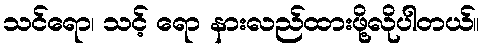
သင်ရော၊ သင့် ရော နားလည်ထားဖို့လိုပါတယ်။